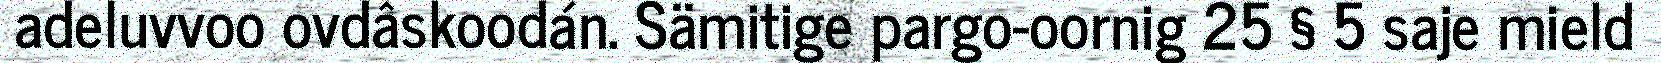
adeluvvoo ovdâskoodán. Sämitige pargo-oornig 25 § 5 saje mield